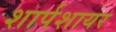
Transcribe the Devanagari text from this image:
शार्पशायर